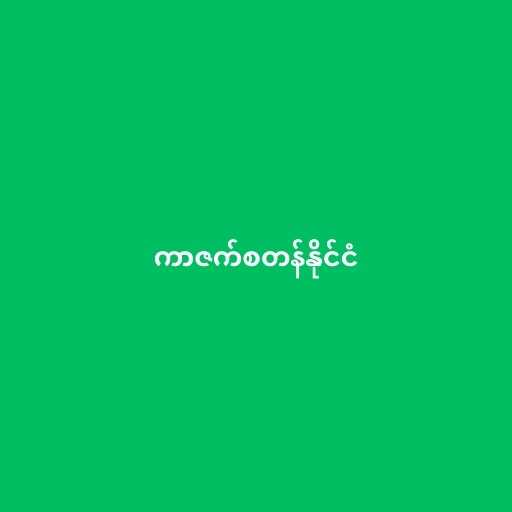
ကာဇက်စတန်နိုင်ငံ